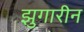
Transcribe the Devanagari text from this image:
झुगारीन